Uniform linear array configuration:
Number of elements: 24
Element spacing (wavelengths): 1
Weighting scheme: cosine
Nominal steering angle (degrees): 30
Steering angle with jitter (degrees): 28.102
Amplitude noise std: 0.05
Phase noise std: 0.05

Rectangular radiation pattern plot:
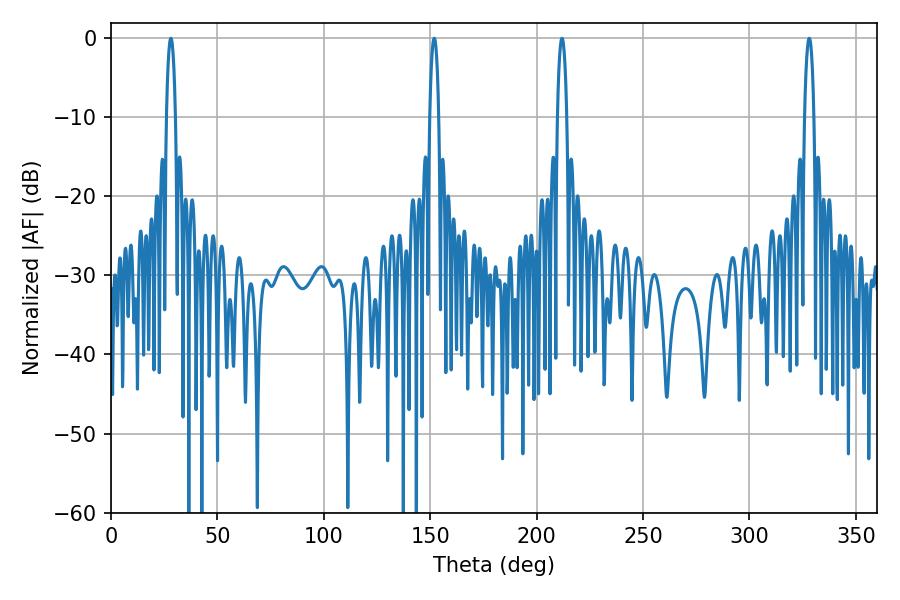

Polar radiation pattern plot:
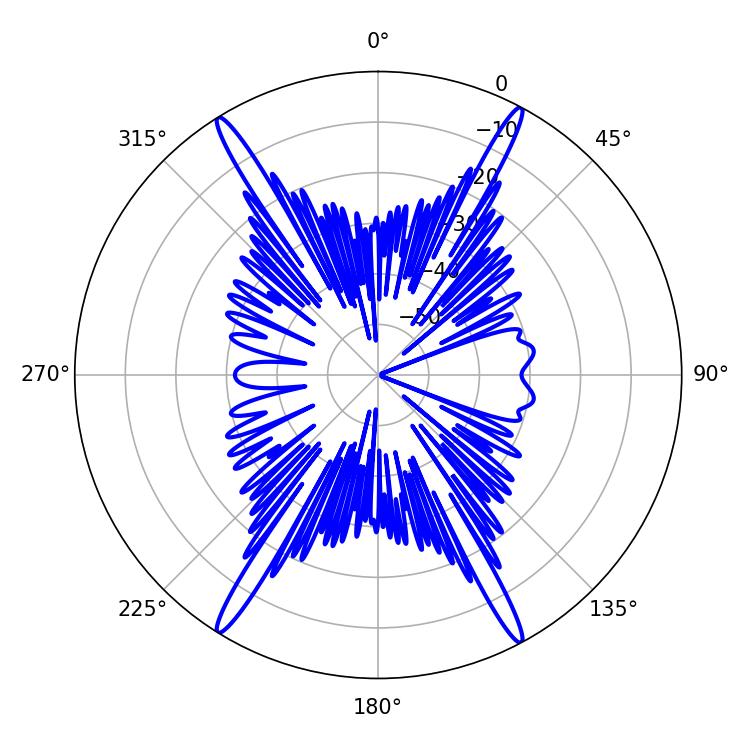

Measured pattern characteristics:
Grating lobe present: TRUE
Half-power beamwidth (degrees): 2.34
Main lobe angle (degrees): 28.08